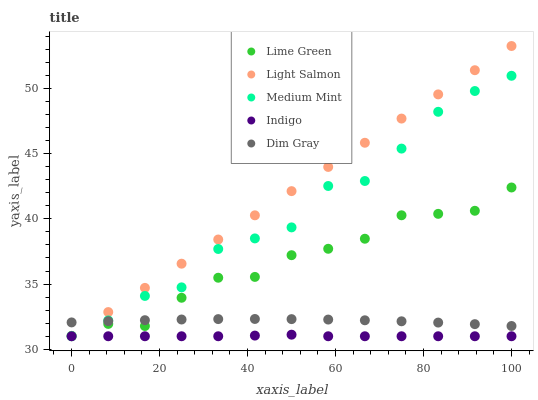
| xaxis_label | Lime Green | Light Salmon | Medium Mint | Indigo | Dim Gray |
 | --- | --- | --- | --- | --- | --- |
 | 0 | 31 | 31 | 31 | 31 | 32.1 |
 | 8.33 | 31.9 | 32.9 | 32.2 | 31 | 32.2 |
 | 16.7 | 31.8 | 34.7 | 34.1 | 31 | 32.2 |
 | 25 | 33.9 | 36.6 | 34.7 | 31 | 32.3 |
 | 33.3 | 35.5 | 38.4 | 37.7 | 31 | 32.3 |
 | 41.7 | 35.5 | 40.3 | 38.5 | 31.1 | 32.3 |
 | 50 | 37.2 | 42.1 | 39.3 | 31.1 | 32.3 |
 | 58.3 | 37.7 | 44 | 42.5 | 31 | 32.3 |
 | 66.7 | 38.5 | 45.8 | 42.9 | 31 | 32.2 |
 | 75 | 40.3 | 47.7 | 45.4 | 31 | 32.1 |
 | 83.3 | 40.4 | 49.5 | 48.2 | 31 | 32 |
 | 91.7 | 40.6 | 51.4 | 49.8 | 31 | 31.9 |
 | 100 | 42.4 | 53.2 | 51 | 31 | 31.8 |